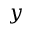
y